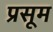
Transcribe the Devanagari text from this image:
प्रसूम